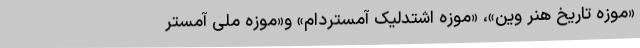
«موزه تاریخ هنر وین»‌،‌ «موزه اشتدلیک آمستردام»‌ و«موزه ملی آمستر